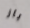
باز